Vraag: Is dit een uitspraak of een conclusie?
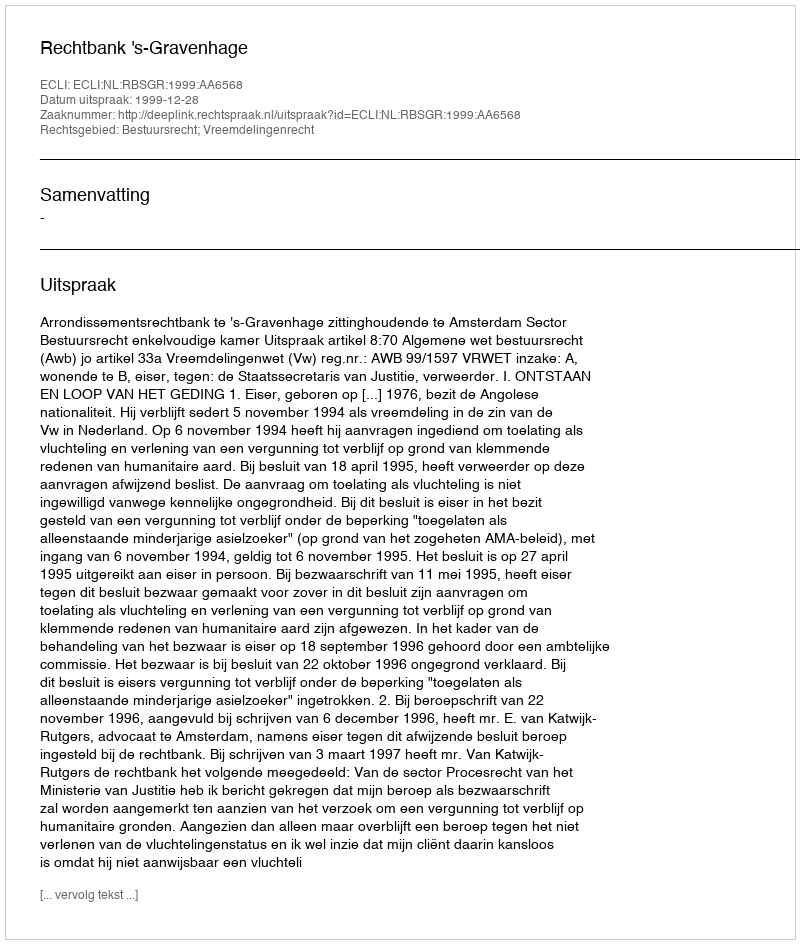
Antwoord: Uitspraak